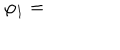
\varphi _ { 1 } =